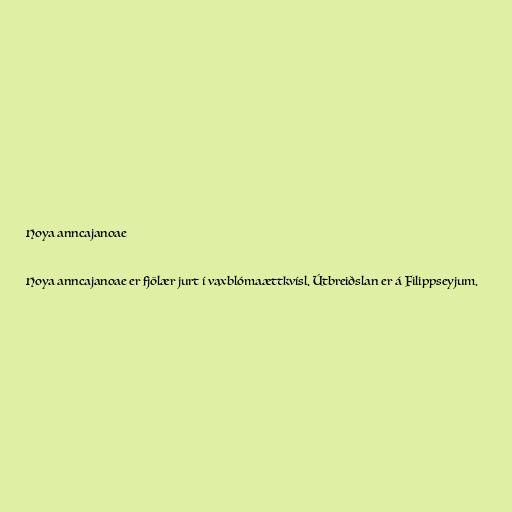
Hoya anncajanoae

Hoya anncajanoae er fjölær jurt í vaxblómaættkvísl. Útbreiðslan er á Filippseyjum.